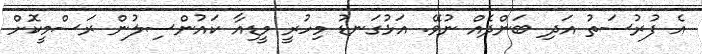
އެ ފުރުސަތު އަދި ބަންދެއް ނުވޭ. އަޅުގަނޑު މިހުރީ މީޑިއާ ކައުންސިލުން ރަސްމީކޮށް